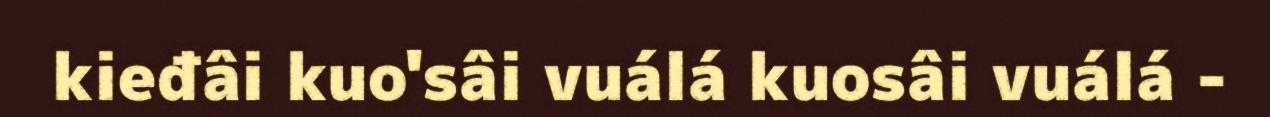
kieđâi kuo'sâi vuálá kuosâi vuálá -